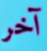
آخر